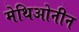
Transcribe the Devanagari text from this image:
मेथिओनीन